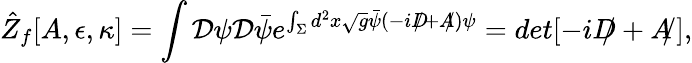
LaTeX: \hat{Z}_{f}[A,\epsilon,\kappa]=\int{\cal D}\psi{\cal D}\bar{\psi}e^{\int_{\Sigma}d^{2}x\sqrt{g}\bar{\psi}(-i{D\! \! \! /}+{A\! \! /})\psi}=det[-i{D\! \! \! /}+{A\! \! /}],